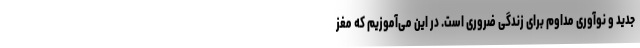
جدید و نوآوری مداوم برای زندگی ضروری است. در این می‌آموزیم که مغز